Lunatic asylums in Bengal annual reports 1899-1911 - 1899-1911
Year: 1899
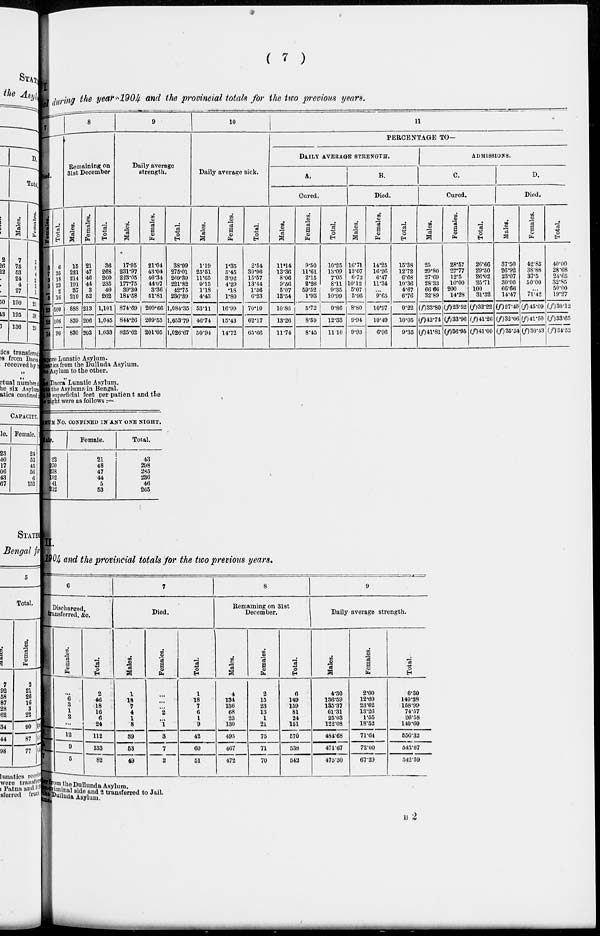
( 7 )
I
Annual during the year 1904 and the provincial totals for the two previous years.
7
Died.
Females.
3
7
3
5
...
5
23
22
14
Total.
6
35
18
23
2
16
100
106
96
8
Remaining on
31st December
Males.
15
221
214
191
37
210
888
839
830
Females.
21
47
46
44
3
62
213
206
203
Total.
36
268
260
235
40
202
1,101
1,045
1,033
9
Daily average
strength.
Males.
17.95
231.97
223.05
177.75
39.39
184.58
874.69
844.26
825.62
Females.
21.04
43.04
46.34
44.67
3.36
51.81
209.66
209.53
201.05
Total.
38.99
275.01
269.39
221.82
42.75
236.39
1,084.35
1,053.79
1,026.67
10
Daily average sick.
Males.
1.19
25.61
11.65
9.15
1.18
4.43
53.11
46.74
50.94
Females.
1.35
5.45
3.92
4.29
.18
1.80
16.99
15.43
14.72
Total.
2.54
30.96
15.57
13.44
1.36
6.23
70.10
62.17
65.66
11
PERCENTAGE TO
DAILY AVERAGE STRENGTH.
A.
Cured.
Males.
11.14
13.36
8.06
9.56
5.07
13.54
10.86
13.26
11.74
Females.
9.50
11.61
2.15
2.26
59.52
1.93
5.72
8.59
8.45
Total.
10.25
13.09
7.05
8.11
9.35
10.99
9.86
12.33
11.10
B.
Died.
Males.
16.71
12.07
6.72
10.12
5.07
5.95
8.80
9.94
9.93
Females.
14.25
16.26
6.47
11.34
...
9.65
10.97
10.49
6.90
Total.
15.38
12.72
6.68
10.36
4.67
6.76
9.22
10.05
9.35
ADMISSIONS.
C.
Cured.
Males.
25
29.80
27.69
28.33
66.66
32.89
(f) 33.80
(f) 42.74
(f) 41.81
Females.
28.57
27.77
12.5
10.00
200
14.28
(f)23.52
(f)33.96
(f)36.96
Total.
26.66
29.50
26.02
25.71
100
31.32
(f)32.22
(f)41.26
(f)41.00
D.
Died.
Males.
37.50
26.92
23.07
30.00
66.66
14.47
(f)27.40
(f) 32.06
(f) 35.34
Females.
42.85
38.88
37.5
50.00
...
71.42
(f) 45.09
(f)41.50
(f)30.43
Total.
40.00
28.68
24.65
32.85
50.00
19.27
(f)30.12
(f)33.65
(f)34.53
Berhampore
Lunatic Asylum.
Lunatics from the Dullunda Asylum.
ne Asylum to the other.
e Dacca " Lunatic Asylum.
into the Asylum in Bengal.
59 superficial feet per patient and the
night were as follows :—
MCM NO. CONFINED IN ANY ONE NIGHT.
Male.
22
250
233
192
41
212
Female.
21
48
47
44
5
53
Total.
43
298
285
236
46
265
II.
1904 and the provincial totals for the two previous years.
6
Discharged,
transferred, &c.
Males.
2
42
15
15
4
24
100
124
77
Females.
...
6
3
1
2
...
12
9
5
Total.
2
46
18
16
6
24
112
133
82
7
Died.
Males.
1
18
7
4
1
8
39
53
49
Females.
...
...
...
2
...
1
8
7
2
Total.
1
18
7
6
1
9
42
60
51
8
Remaining on 31st
December.
Males.
4
134
136
68
23
130
495
467
472
Females.
2
15
23
13
1
21
75
71
70
Total.
6
149
159
81
24
161
570
538
542
9
Daily average strength.
Males.
4.30
136.59
135.37
61.31
25.03
122.08
484.68
471.67
475.30
Females.
2.00
12.60
23.62
13.26
1.55
18.52
71.64
72.00
67.29
Total.
6.30
149.28
168.99
74.57
26.58
140.60
556.32
543.67
542.59
er from the Dullunda Asylum.
the criminal side and 2 transferred to Jail.
the Dullunda Asylum.
Asylums.
B 2